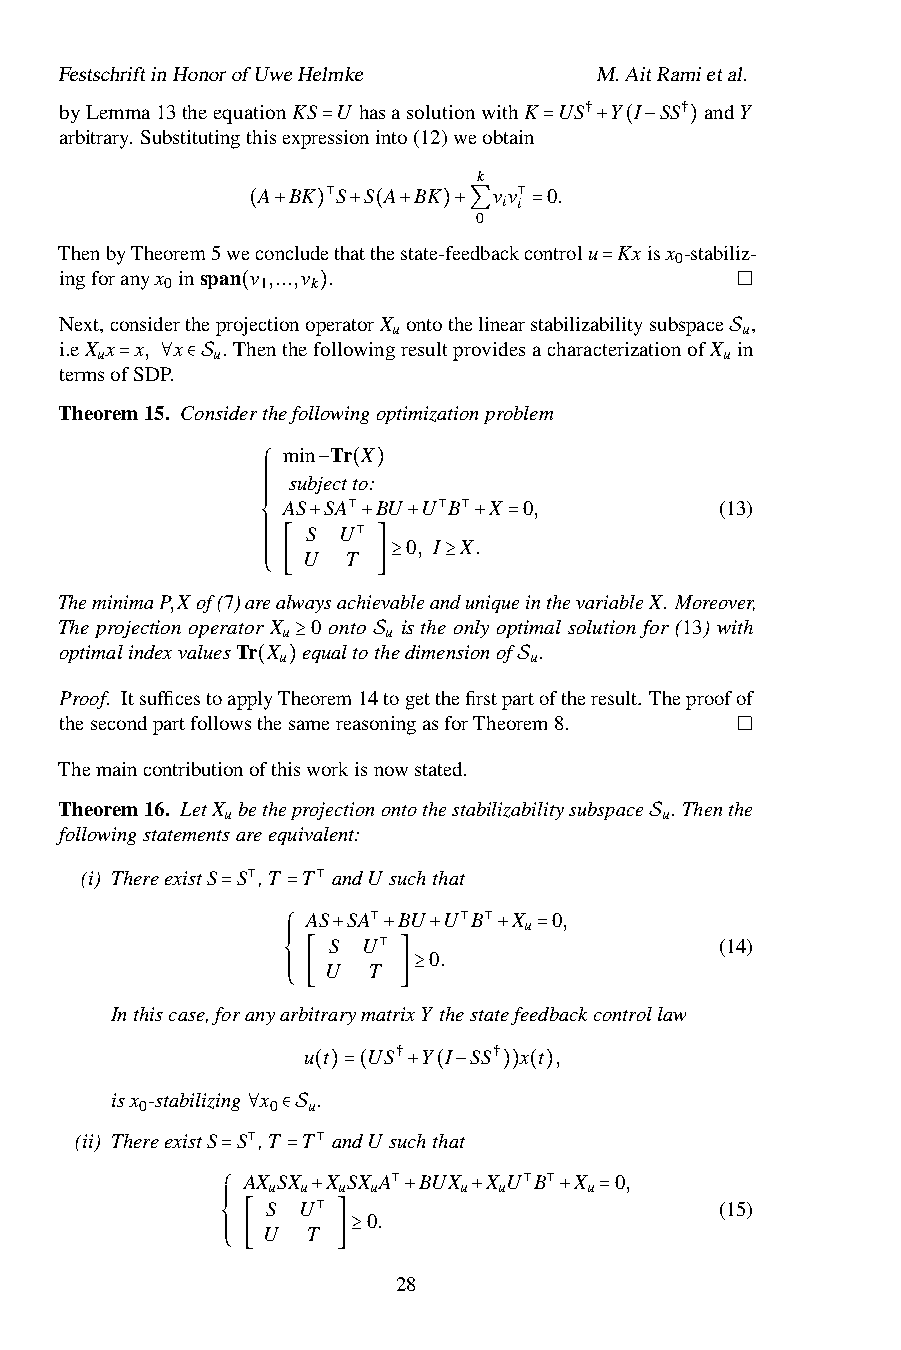
FestschriftinHonorofUweHelmke      M.AitRamietal.
 byLemma13theequationKS U hasasolutionwithK US† Y I SS† andY
 arbitrary. Substitutingthisexpressioninto(12)weobtain
 =              =  + ( −  )
 k
 A BK S S A BK   vv 0.
 i i
 ⊺        0  ⊺
 ( +  ) + ( + )+∑   =
 ThenbyTheorem5weconcludethatthestate-feedbackcontrolu Kxisx -stabiliz-
 0
 ingforanyx inspan v ,...,v .
 0     1   k
 =
 Next,considerthepro(jectionop)eratorX uontothelinearstabilizabilitysubspace u,
 i.eX x x, x . ThenthefollowingresultprovidesacharacterizationofX in
 u       u                                 u
 termsofSDP.                                 S
 =  ∀ ∈S
 Theorem15. Considerthefollowingoptimizationproblem
 min Tr X
 subjectto:
 ⎧ ⎪⎪⎪⎪⎪⎪⎪⎪ AS S−SA U⊺( B)U 0,U I⊺B
 X⊺
 .
 X  0,           (13)
 ⎨  U+ T+  +   +  =
 TheminimaP,X
 of(7)ar⎪⎪⎪⎪⎪⎪⎪⎪ea[ lwaysac⊺
 hie] va≥ blean≥
 duniqueinthevariableX. Moreover,
 ⎩
 The projection operator X 0 onto is the only optimal solution for (13) with
 u     u
 optimalindexvaluesTr X equaltothedimensionof .
 u                u
 ≥    S
 Proof. Itsufficestoappl(yT)heorem14togetthefirstpaSrtoftheresult. Theproofof
 thesecondpartfollowsthesamereasoningasforTheorem8.
 Themaincontributionofthisworkisnowstated.
 Theorem16. LetX betheprojectionontothestabilizabilitysubspace . Thenthe
 u                            u
 followingstatementsareequivalent:
 S
 (i) ThereexistS S ,T T andU suchthat
 ⊺    ⊺
 =   = AS SA BU U B X u 0,
 S U⊺    ⊺ ⊺               (14)
 ⎧ ⎪⎪⎪ U+ T ⊺+ 0 +. + =
 ⎨
 Inthiscase,foranya⎪⎪⎪rb[ itrarymatr] ix≥
 Y thestatefeedbackcontrollaw
 ⎩
 u t US† Y I SS† x t ,
 isx 0-stabilizing x 0 u(. )=( + ( − )) ( )
 (ii) ThereexistS S ,T T andU suchthat
 ∀  ∈S
 ⊺    ⊺
 = AX uS=X u X uSX uA BUX u X uU B X u 0,
 S U     ⊺        ⊺ ⊺          (15)
 ⎧ ⎪⎪⎪ U T+
 ⊺
 0. +   +     +  =
 ⎨
 ⎪⎪⎪
 ⎩
 [     ]≥
 28